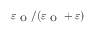
\varepsilon _ { \mathrm { ~ O ~ } } / ( \varepsilon _ { \mathrm { ~ O ~ } } + \varepsilon )